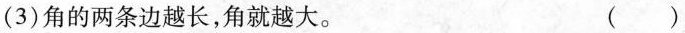
(3)角的两条边越长，角就越大。 ( )